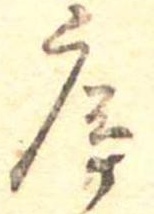
序